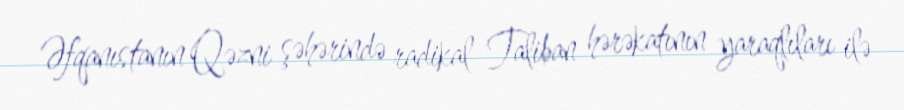
Əfqanıstanın Qəzni şəhərində radikal Taliban hərəkatının yaraqlıları ilə